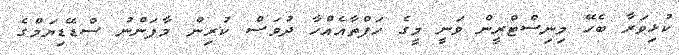
ކުޅިވަރާ ބެހޭ މިނިސްޓްރީން ވަނީ މީގެ ހަފްތާއެއްހާ ދުވަސް ކުރިން މާފަންނު ސްޑޭޑިޔަމްގެ